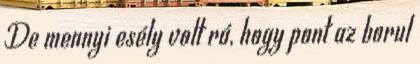
De mennyi esély volt rá, hogy pont az borul